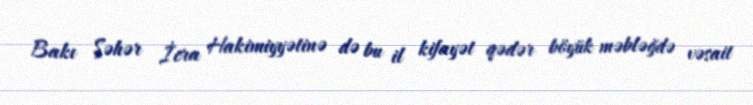
Bakı Şəhər İcra Hakimiyyətinə də bu il kifayət qədər böyük məbləğdə vəsait